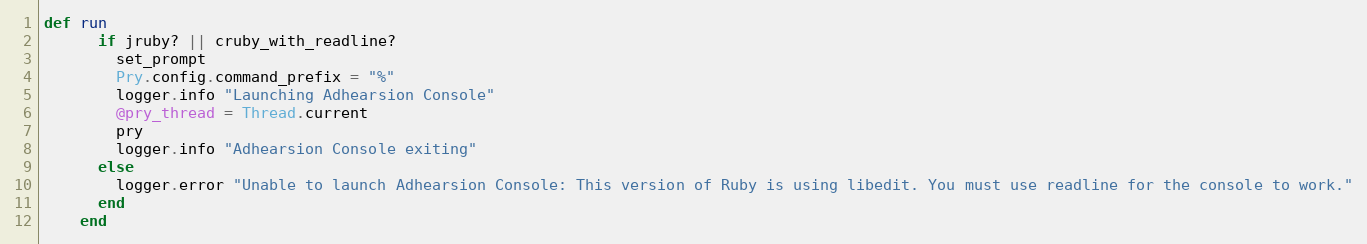
Language: Ruby
def run
      if jruby? || cruby_with_readline?
        set_prompt
        Pry.config.command_prefix = "%"
        logger.info "Launching Adhearsion Console"
        @pry_thread = Thread.current
        pry
        logger.info "Adhearsion Console exiting"
      else
        logger.error "Unable to launch Adhearsion Console: This version of Ruby is using libedit. You must use readline for the console to work."
      end
    end